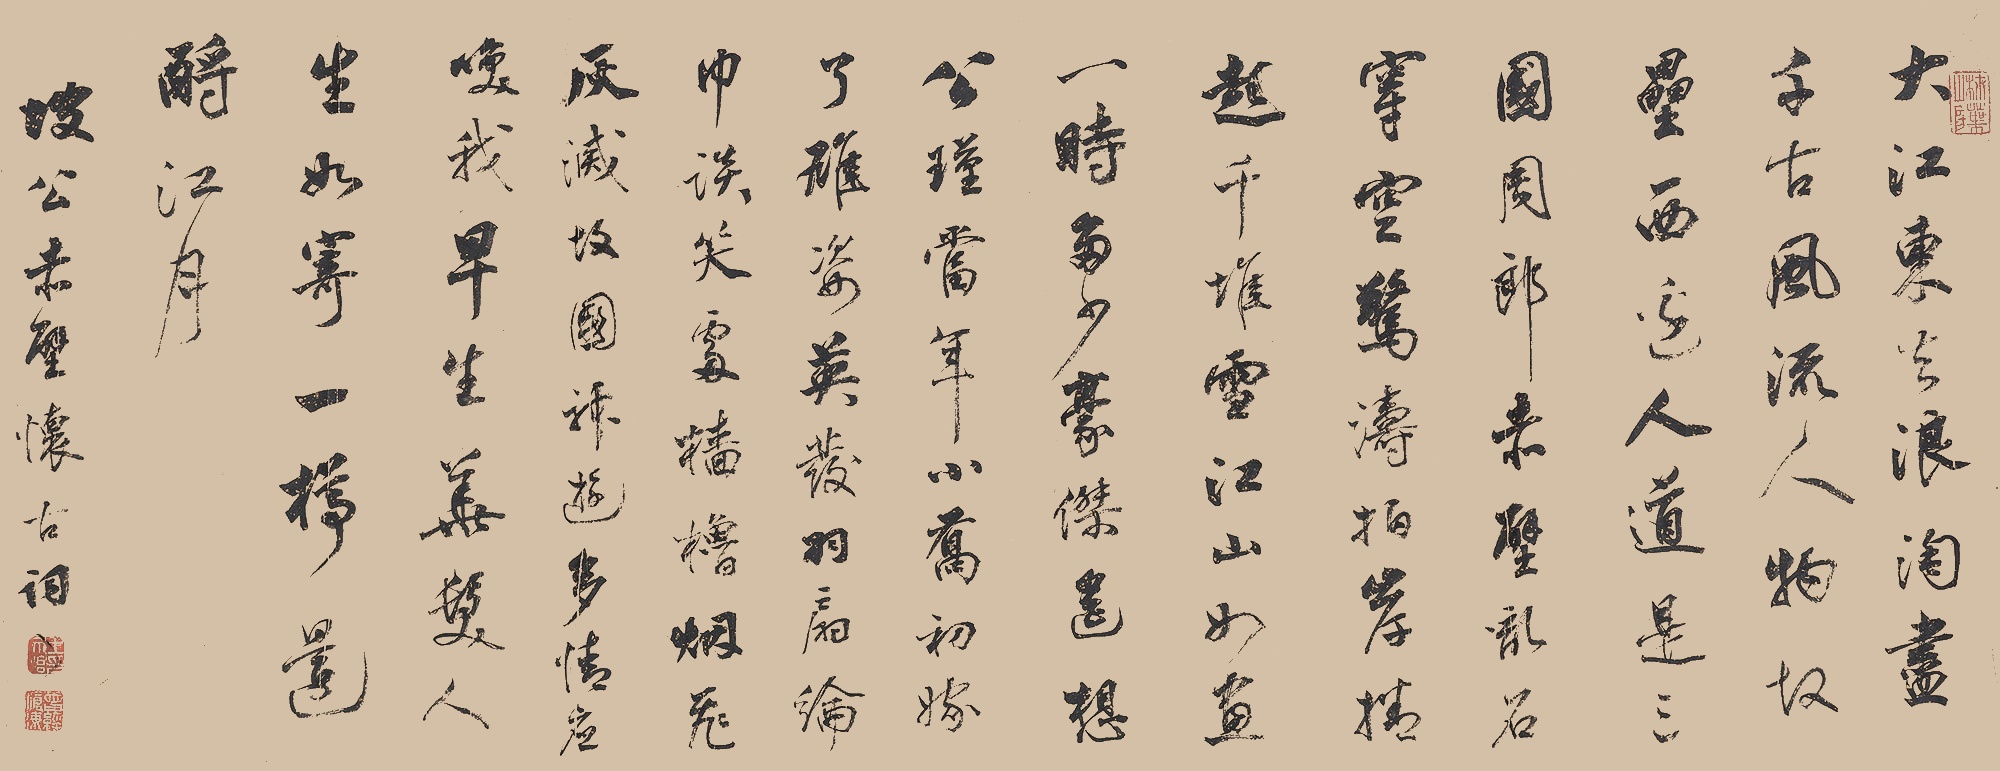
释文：大江东去，浪淘尽，千古风流人物。故垒西边，人道是，三国周郎赤壁。乱石穿空，惊涛拍岸，卷起千堆雪。江山如画，一时多少豪杰。遥想公瑾当年，小乔初嫁了，雄姿英发。羽扇纶巾，谈笑间，樯橹灰飞烟灭。故国神游，多情应笑我，早生华发。人生如梦，一尊还酹江月。坡公赤壁怀古词。